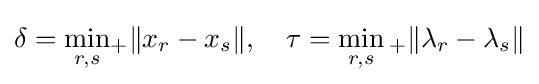
\delta ={\min _{r,s}}{}_{+}\|x_{r}-x_{s}\|,\quad \tau =\min _{r,s}{}_{+}\|\lambda _{r}-\lambda _{s}\|